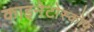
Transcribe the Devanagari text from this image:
काइनेटोस्कोप